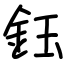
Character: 鈺